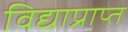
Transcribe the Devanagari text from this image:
विद्याप्राप्त